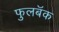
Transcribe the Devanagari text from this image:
फुलबॅक